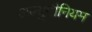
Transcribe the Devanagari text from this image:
अल्युमीनियम